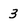
Character: 3